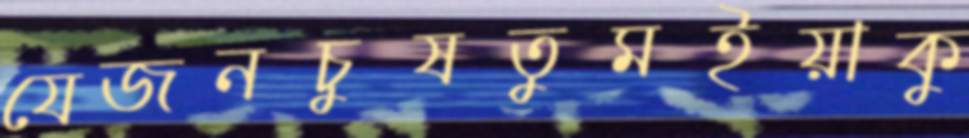
যেজনচুষতুমইয়াকু